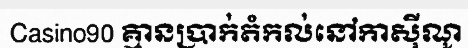
Casino90 គ្មានប្រាក់តំកល់នៅកាស៊ីណូ